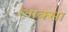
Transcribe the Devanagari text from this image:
लाक्सा